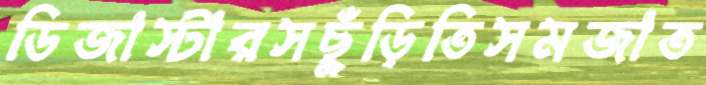
ডিজাস্টারসছুঁড়িতিসমজাত